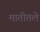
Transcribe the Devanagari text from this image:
मातीतले